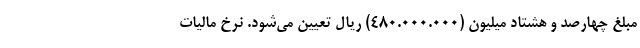
مبلغ چهارصد و هشتاد میلیون (۴۸۰.۰۰۰.۰۰۰) ریال تعیین می‌شود. نرخ مالیات